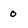
Character: 0